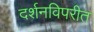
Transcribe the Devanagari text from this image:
दर्शनविपरीत